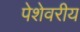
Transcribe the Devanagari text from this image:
पेशेवरीय